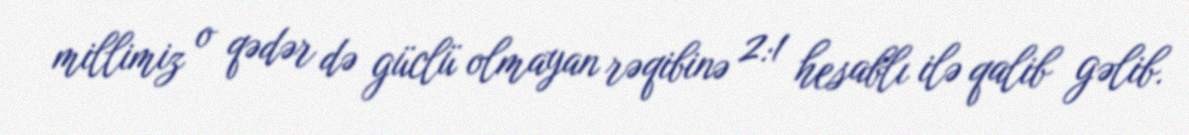
millimiz o qədər də güclü olmayan rəqibinə 2:1 hesablı ilə qalib gəlib.